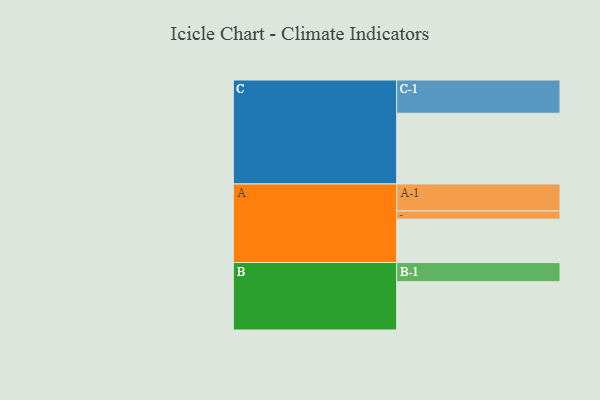
{"axis": {"x": "Segment", "y": "Value"}, "legend": ["", "A", "B", "C"], "data": [{"x": "A", "y": 305, "type": ""}, {"x": "B", "y": 340, "type": ""}, {"x": "C", "y": 498, "type": ""}, {"x": "A-1", "y": 190, "type": "A"}, {"x": "A-2", "y": 58, "type": "A"}, {"x": "B-1", "y": 135, "type": "B"}, {"x": "C-1", "y": 234, "type": "C"}]}